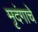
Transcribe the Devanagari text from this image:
मृदंगाचे